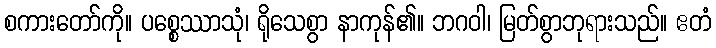
စကားတော်ကို။ ပစ္စေဿာသုံ၊ ရိုသေစွာ နာကုန်၏။ ဘဂဝါ၊ မြတ်စွာဘုရားသည်။ ဧတံ